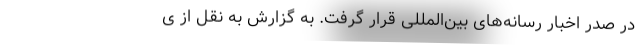
در صدر اخبار رسانه‌های بین‌المللی قرار گرفت. به گزارش به نقل از ی